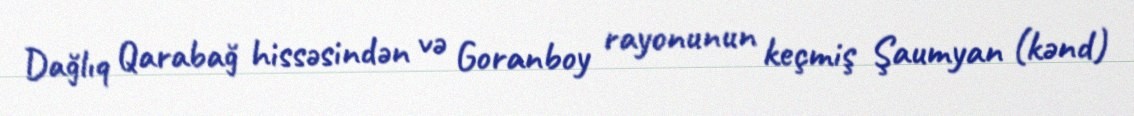
Dağlıq Qarabağ hissəsindən və Goranboy rayonunun keçmiş Şaumyan (kənd)